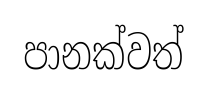
පානක්වත්